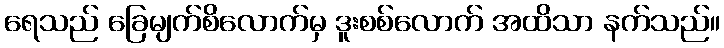
ရေသည် ခြေမျက်စိလောက်မှ ဒူးစစ်လောက် အထိသာ နက်သည်။